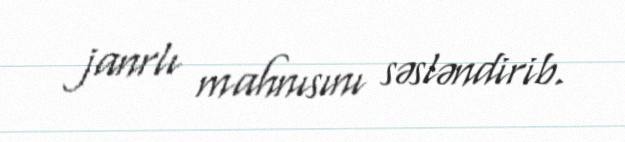
janrlı mahnısını səsləndirib.